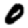
Digit: 0